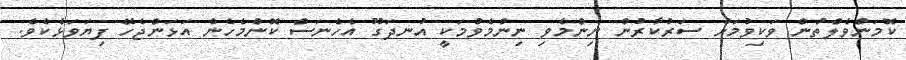
ކޮމަންވެލްތުން ވަކިވުމަށް ސަރުކާރުން ނިންމެވި ނިންމެވުމަކީ އުނދަގޫ އެހެނަސް ކޮންމެހެން އަޅަންޖެހޭ ފިޔަވަޅެކެވެ.